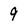
Character: 9